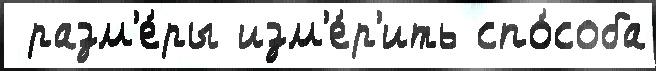
 разм'е́ры изм'е́р'ить спо́соба